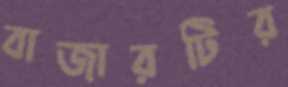
বাজারটির